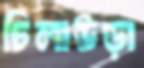
চিলাউড়া